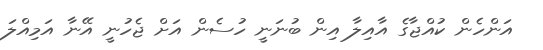
އަންހެން ކުއްޖާގެ އާއިލާ އިން ބުނަނީ ހުސެން އަށް ޖެހުނީ އޭނާ އަމިއްލަ